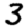
Digit: 3